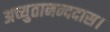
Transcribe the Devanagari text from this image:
अच्युतानन्ददास।